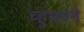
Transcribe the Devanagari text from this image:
च्हुमनने